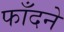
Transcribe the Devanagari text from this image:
फाँदने